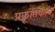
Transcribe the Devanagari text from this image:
प्रकृतिकवि